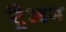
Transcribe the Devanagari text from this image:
ट्रैजन